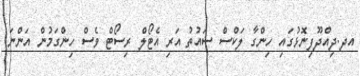
އދ.ދިއްދޫފިނޮޅުގައި ހިންގާ ލަކްސް ސައުތު އަރި އެޓޯލް ރިސޯޓް ވެސް ހިންގަމުން އަންނަ